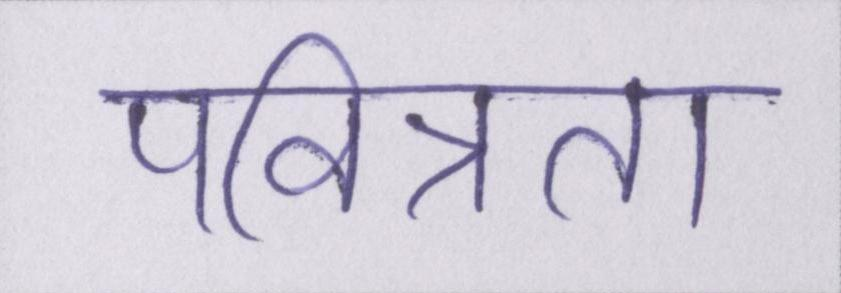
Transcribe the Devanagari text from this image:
पवित्रता